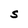
Character: S